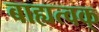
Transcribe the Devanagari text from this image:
बाह्यत्वक्